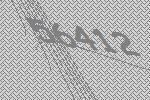
56412